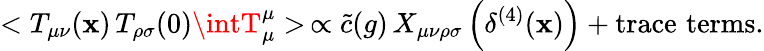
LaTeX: <T_{\mu\nu}(\mathbf{x})\, T_{\rho\sigma}(0)\intT_{\mu}^{\mu}>\, \propto\tilde{{c}}(g)\, X_{\mu\nu\rho\sigma}\left(\delta^{(4)}(\mathbf{x})\right)+\mathrm{{trace\, \, terms.}}